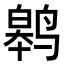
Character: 𬸢